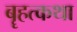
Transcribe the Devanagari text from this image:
बॄहत्कथा